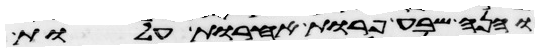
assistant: והנה שבע פרות אחרות עלות